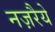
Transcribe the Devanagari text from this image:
नज़रैये